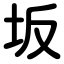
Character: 坂